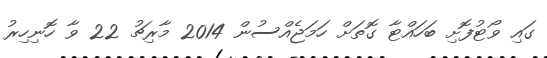
ގައި ވޯޓުފޮށި ބަހައްޓާ ގޮތަށް ހަމަޖެއްސުން 2014 މާރިޗު 22 ވާ ހޮނިހިރު